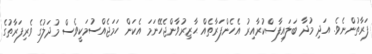
ފަރާތުންނެވެ. އަދި މުދާ ބަލައިފާސްކުރާއިރު އެހެންފަރާތެއް ޙާޒިރުވާންޖެހޭނަމަ އެކަން ހަމަޖެއްސުމަކީވެސް މުދަލުގެ ވެރިފަރާތުގެ